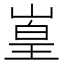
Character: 𪩅